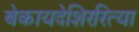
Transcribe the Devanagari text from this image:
बेकायदेशिररित्या